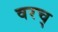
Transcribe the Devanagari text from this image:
वरच्